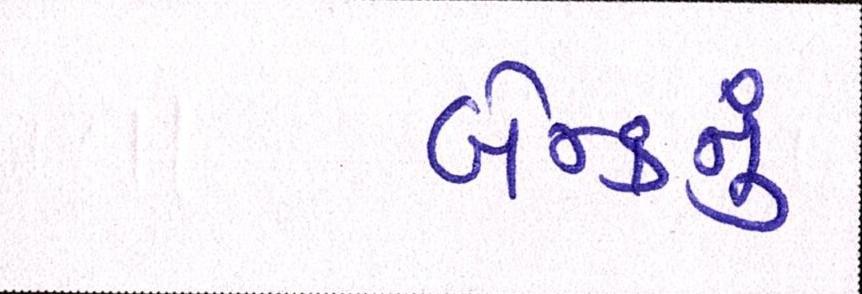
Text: બેન્કનું